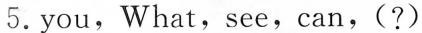
5. you, What, see, can, ( ? )